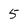
Character: 5